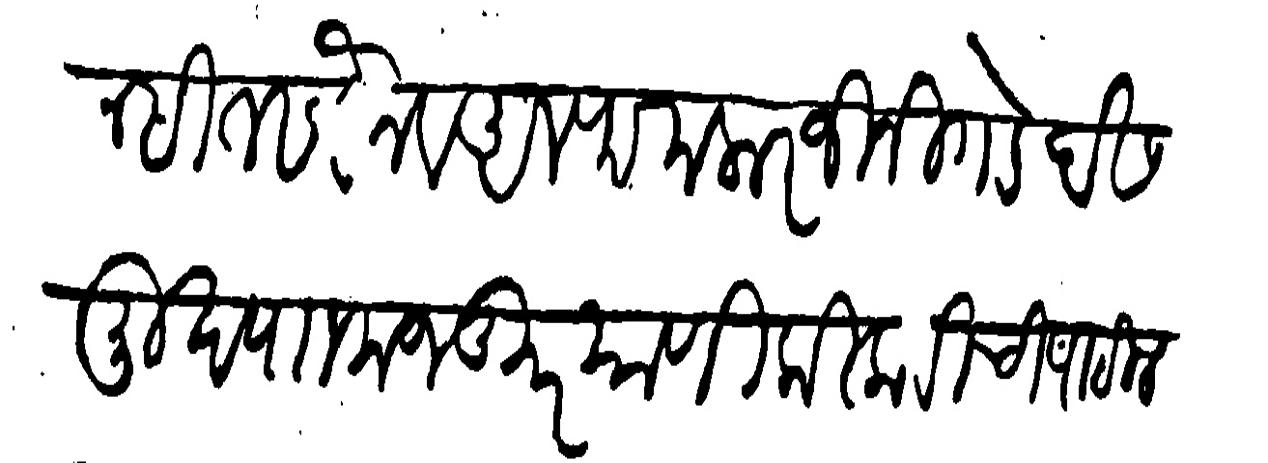
Transliteration (Devanagari): सुहरसन सीत सबैन व अलफ मलारजी निगडे देस मुख पाा मजकूर याणी किकवीची पाटीलकी